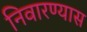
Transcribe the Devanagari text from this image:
निवारण्यास